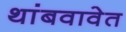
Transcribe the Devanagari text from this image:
थांबवावेत